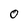
Character: 0